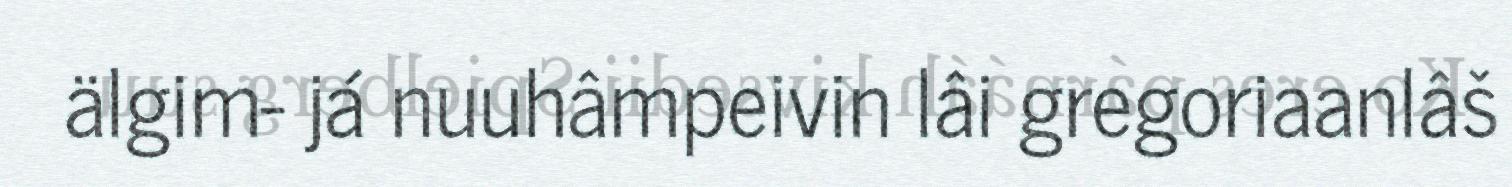
älgim- já nuuhâmpeivin lâi gregoriaanlâš